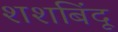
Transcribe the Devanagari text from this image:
शशबिंदू